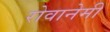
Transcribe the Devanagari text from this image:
रोवानेमी